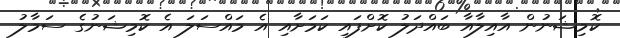
ކޮމިޝަނުން އާއިލާއާ ބައްދަލު ކޮށްފައި ކަމަށާއި އެ މައްސަލަ އެ ކޮމިޝަނުގެ ސަމާލު